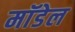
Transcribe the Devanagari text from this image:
माॅडेल